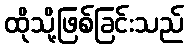
ထိုသို့ဖြစ်ခြင်းသည်